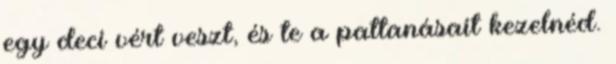
egy deci vért veszt, és te a pattanásait kezelnéd.